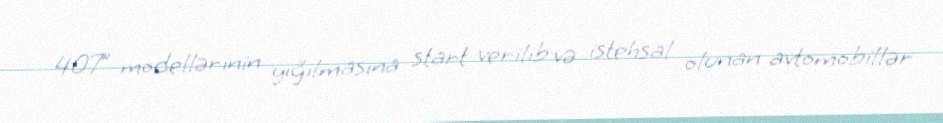
407” modellərinin yığılmasına start verilib və istehsal olunan avtomobillər